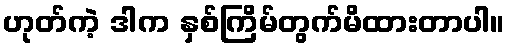
ဟုတ်ကဲ့ ဒါက နှစ်ကြိမ်တွက်မိထားတာပါ။